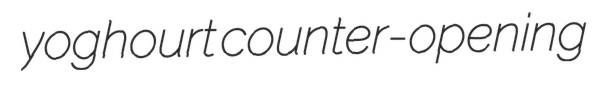
yoghourt counter-opening